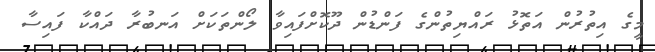
މީގެ އިތުރުން އަތޮޅު ރައްޔިތުންގެ ފަންޑުން ދޫކޮށްފައިވާ ލޯންތަކަށް އަނބުރާ ދައްކާ ފައިސާ